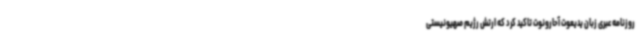
روزنامه عبری زبان یدیعوت آحارونوت تاکید کرد که ارتش رژیم صهیونیستی